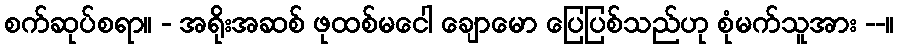
စက်ဆုပ်စရာ။ - အရိုးအဆစ် ဖုထစ်မငေါ ချောမော ပြေပြစ်သည်ဟု စုံမက်သူအား --။